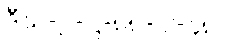
ဒီဃ-၂-ဋ္ဌ-၈၈-ပါ-၄၈။